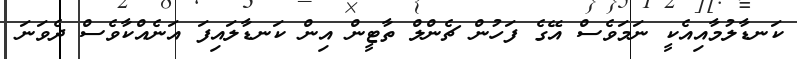
ކަނޑާލުމާއިއެކީ ނަމަވެސް އޭގެ ފަހުން ޗެންލް ތާޓީން އިން ކަނޑާލައިފަ އަނެއްކާވެސް ދެވަނަ